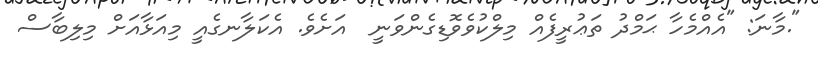
".މާނަ: "އެއްމެހާ ޙަމްދު ތަޢުރީފެއް މިލްކުވެވޮޑިގެންވަނީ  އަށެވެ. އެކަލާނގެއީ މިއަޅާއަށް މިލިބާސް